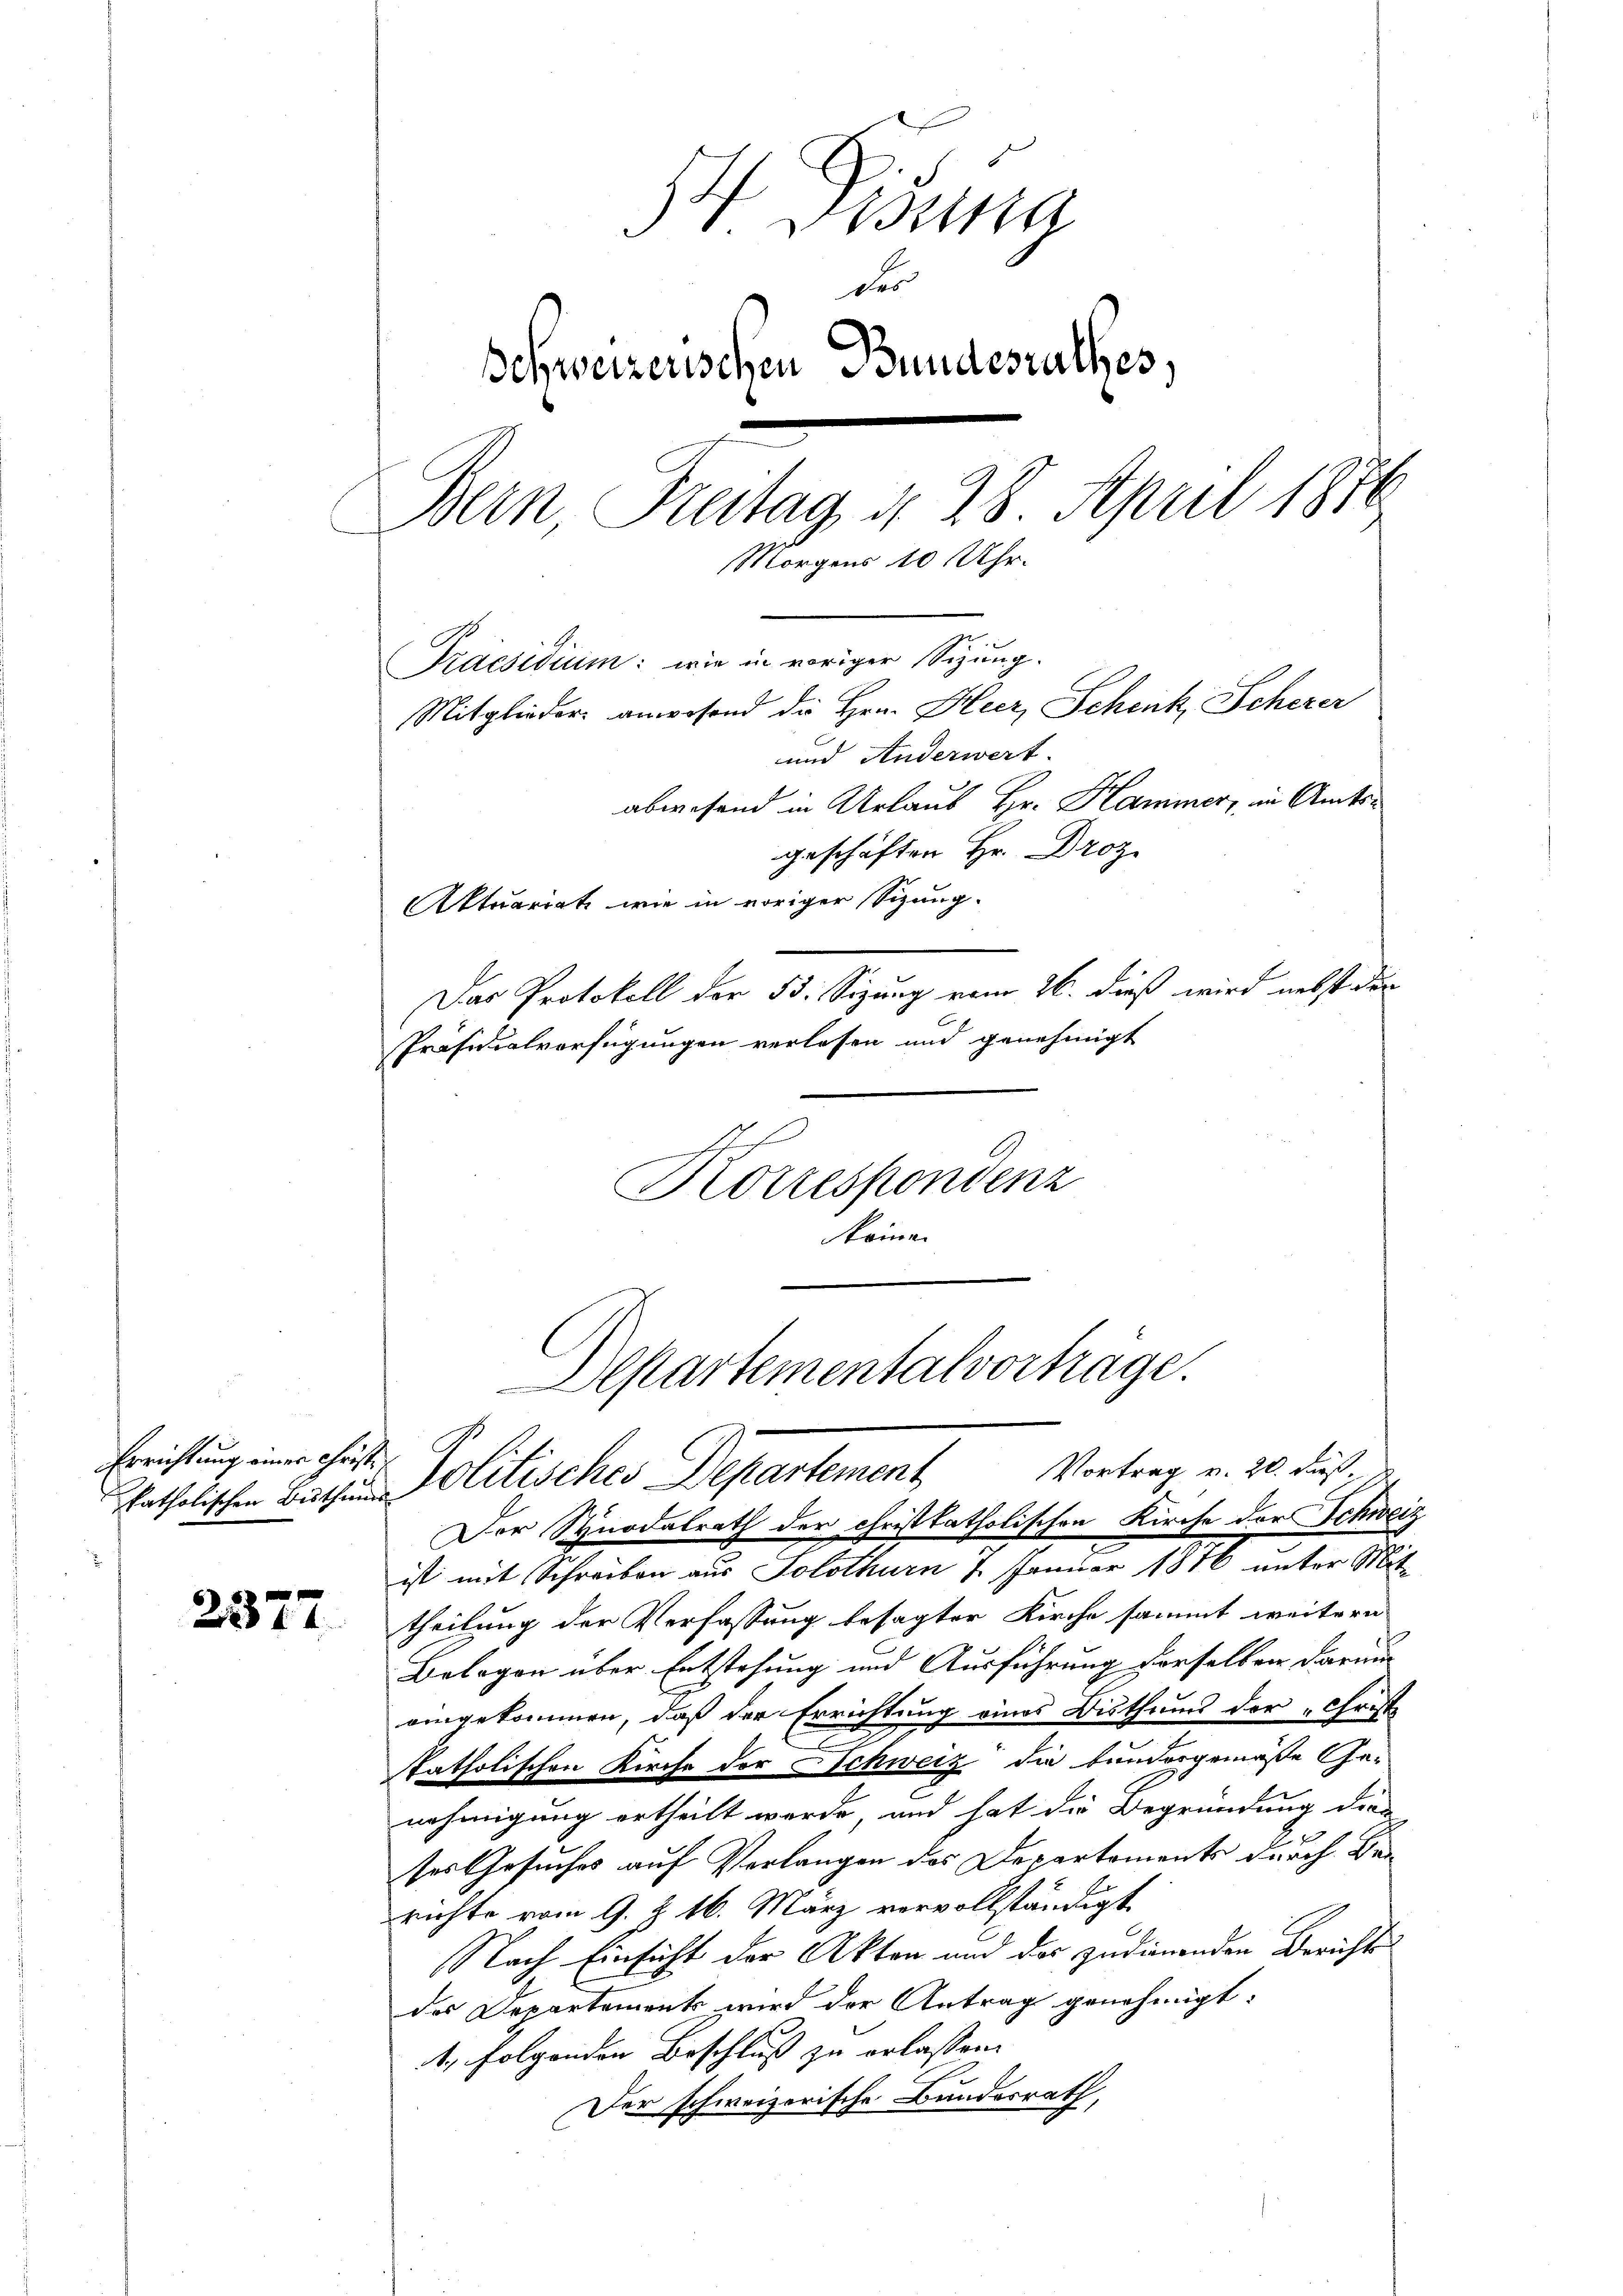
Errichtung einer Christ¬

2377.

Dosina
de
Schweizerischen Bundesrathes,
Bern Freitag d. 28. April 1876
Morgens 10 Uhr.
Praesidium: wie in voriger Sizung.
Mitglieder anwesend die Hrn. Heer, Schenk, Scherer
und Anderwert.
abwesend in Urlaub Hr. Hammer, in Amtsgeschäften Hr. Droz.
Aktuariat wie in voriger Sizung.
Das Protokoll der 53. Sizung vom 26. dieß wird nebst der
Präsidialverfügungen verlesen und genehmigt
Dich
Korrespondenz
kommen

Departementalvorträge.
Vortrag v. 20. Fuß.
katholischen Betten Politisches Departement,
Der Synodalrath der christkatholischen Kirche der Schweiz

ist mit Schreiben aus Solothurn 7. Januar 1816 unter Mittheilung der Verfassung besagter Kirche sammt weitern
Bologen über Entstehung und Ausführung derselben darum
eingekommen, daß der Errichtung eines Bisthums der „Christ
katholischen Kirche der Schweiz die bundesgemäße Ge-
nehmigung ertheilt werde, und hat die Begründung dies
ses Gesuches auf Verlangen des Departements durch Berichte vom 9. Z. 16. März vervollständigt
Nach Einsicht der Akten und der zudienenden Berichts
des Departement wird der Antrag genehmigt:
4. folgenden Beschluß zu erlassen.
Der schweizerische Bundesrath,